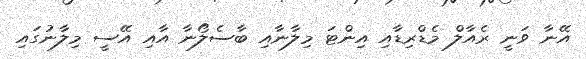
އޭނާ ވަނީ ރެއާލް މެޑްރިޑާއި އިންޓަ މިލާނާއި ބާސެލޯނާ އާއި އޭސީ މިލާނުގައި